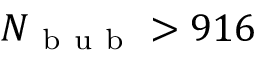
N _ { \mathrm { ~ b ~ u ~ b ~ } } > 9 1 6